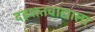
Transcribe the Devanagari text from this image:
दहशतवाद्याला